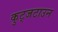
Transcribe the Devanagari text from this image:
कुट्जटाउन